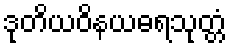
ဒုတိယဝိနယဓရသုတ္တံ